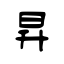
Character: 昇